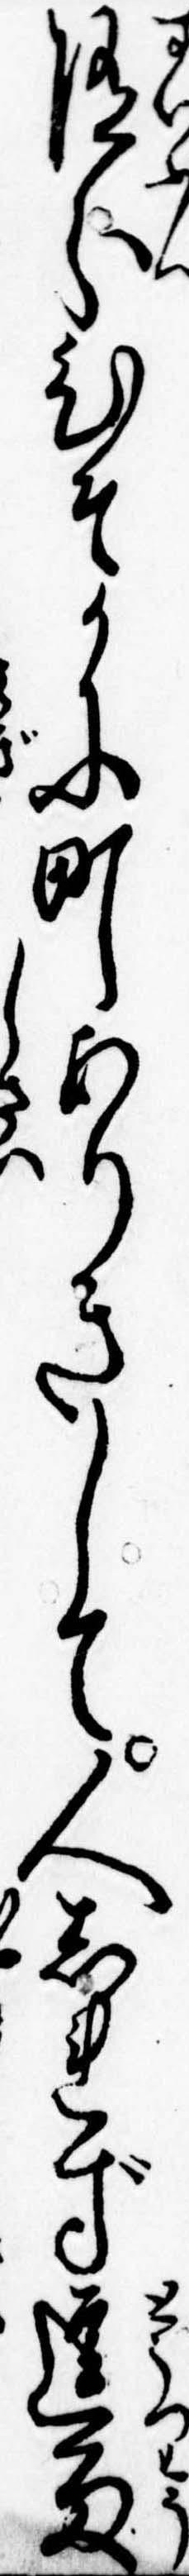
随分ひそかに町ありきして人しれず逗留